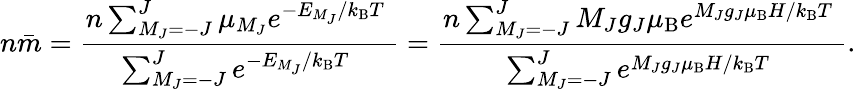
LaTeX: n{\bar{m}}={\frac{n\sum_{M_{J}=-J}^{J}{\mu_{M_{J}}e^{{-E_{M_{J}}}/{k_{\mathrm{B}}T}\; }}}{\sum_{M_{J}=-J}^{J}{e^{{-E_{M_{J}}}/{k_{\mathrm{B}}T}\; }}}}={\frac{n\sum_{M_{J}=-J}^{J}{M_{J}g_{J}\mu_{\mathrm{B}}e^{{M_{J}g_{J}\mu_{\mathrm{B}}H}/{k_{\mathrm{B}}T}\; }}}{\sum_{M_{J}=-J}^{J}{e^{{M_{J}g_{J}\mu_{\mathrm{B}}H}/{k_{\mathrm{B}}T}\; }}}}.